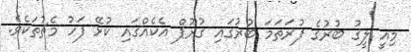
މިއީ ލީގު ބުރުގެ ފުރަތަމަ ބުރުގައި ގުރޫޕް އެކެއްގައި ކުޅޭ ފަހު މެޗުތަކެވެ.